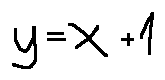
y = x + 1